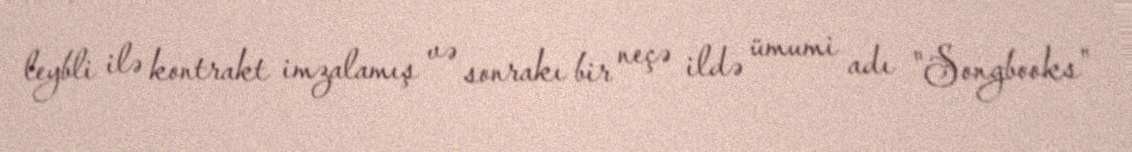
leybli ilə kontrakt imzalamış və sonrakı bir neçə ildə ümumi adı "Songbooks"